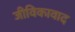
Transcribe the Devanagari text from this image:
जीविकावाद